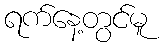
ရက်နေ့တွင်မူ